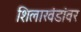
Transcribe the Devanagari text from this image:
शिलाखंडांवर